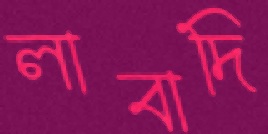
লাবাদি